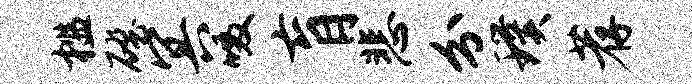
槛磴冥啜肓悲分璞荐